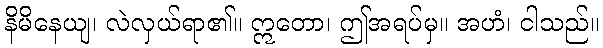
နိမိနေယျ၊ လဲလှယ်ရာ၏။ ဣတော၊ ဤအရပ်မှ။ အဟံ၊ ငါသည်။